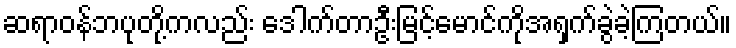
ဆရာဝန်ဘပုတို့ကလည်း ဒေါက်တာဦးမြင့်မောင်ကိုအရှက်ခွဲခဲ့ကြတယ်။